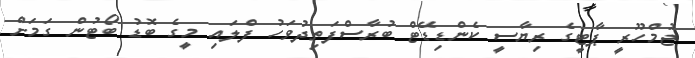
ޖުމްހޫރީ ޕާޓީގެ ރިޔާސީ ކެންޑިޑޭޓް ބުރާސްފަތިދުވަހު ފްލައި މީގެ ބޮޑު ބޯޓުން ގަމަށް